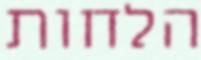
הלחות